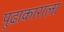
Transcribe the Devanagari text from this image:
पुढाकाराला